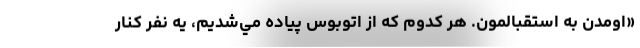
«اومدن به استقبالمون. هر كدوم كه از اتوبوس پياده مي‌شديم، يه نفر كنار